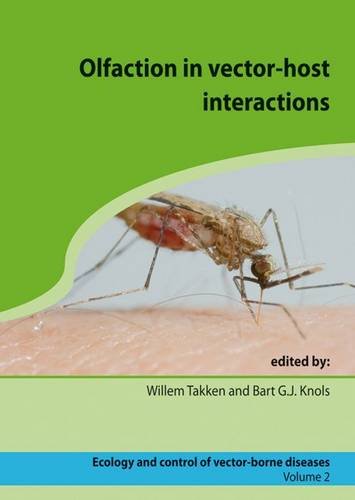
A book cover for Olfaction in Vector-Host Interactions: Ecology and Control of Vector-borne Diseases (ECVD); Science & Math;